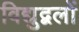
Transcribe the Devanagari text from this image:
विद्युद्बलों